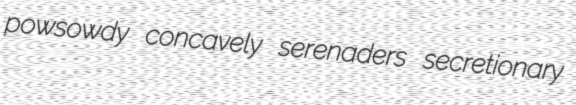
powsowdy concavely serenaders secretionary